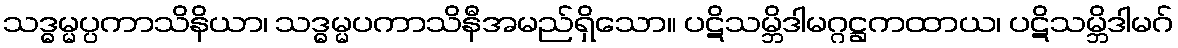
သဒ္ဓမ္မပ္ပကာသိနိယာ၊ သဒ္ဓမ္မပကာသိနီအမည်ရှိသော။ ပဋိသမ္ဘိဒါမဂ္ဂဋ္ဌကထာယ၊ ပဋိသမ္ဘိဒါမဂ်